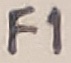
Text: F1